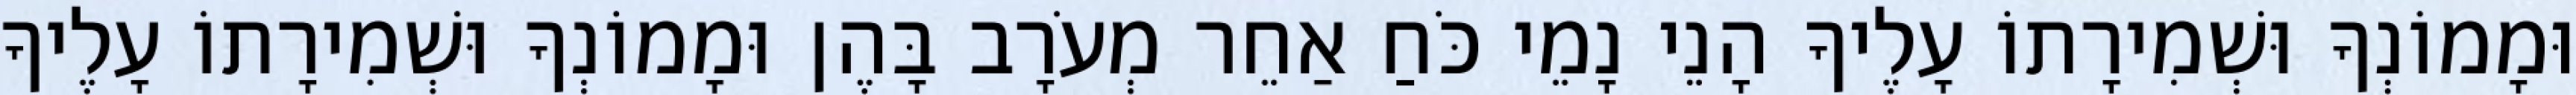
וּמָמוֹנְךָ וּשְׁמִירָתוֹ עָלֶיךָ הָנֵי נָמֵי כֹּחַ אַחֵר מְעֹרָב בָּהֶן וּמָמוֹנְךָ וּשְׁמִירָתוֹ עָלֶיךָ